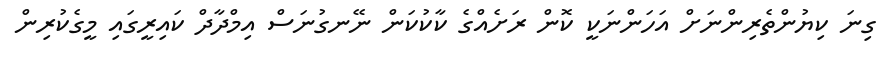
ގިނަ ކިޔުންތެރިންނަށް އަހަންނަކީ ކޮން ރަށެއްގެ ކާކުކަން ނޭނގުނަސް އިމްދާދް ކައިރީގައި މީގެކުރިން